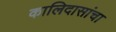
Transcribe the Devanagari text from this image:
कालिदासांचा